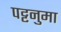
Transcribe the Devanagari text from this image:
पट्टनुमा